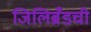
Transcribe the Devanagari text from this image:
जिलिब्रँडची